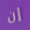
إن